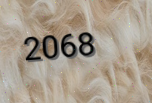
2068